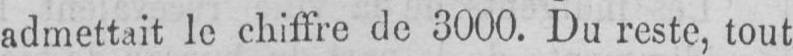
admettait le chiffre de 3000. Du reste, tout